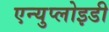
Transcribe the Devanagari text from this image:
एन्युप्लोइडी